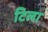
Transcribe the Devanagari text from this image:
टिला